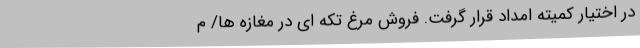
در اختیار کمیته امداد قرار گرفت. فروش مرغ تکه‌ ای در مغازه‌ ها/ م